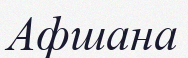
Афшана